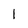
Character: l